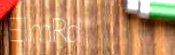
ElmRd